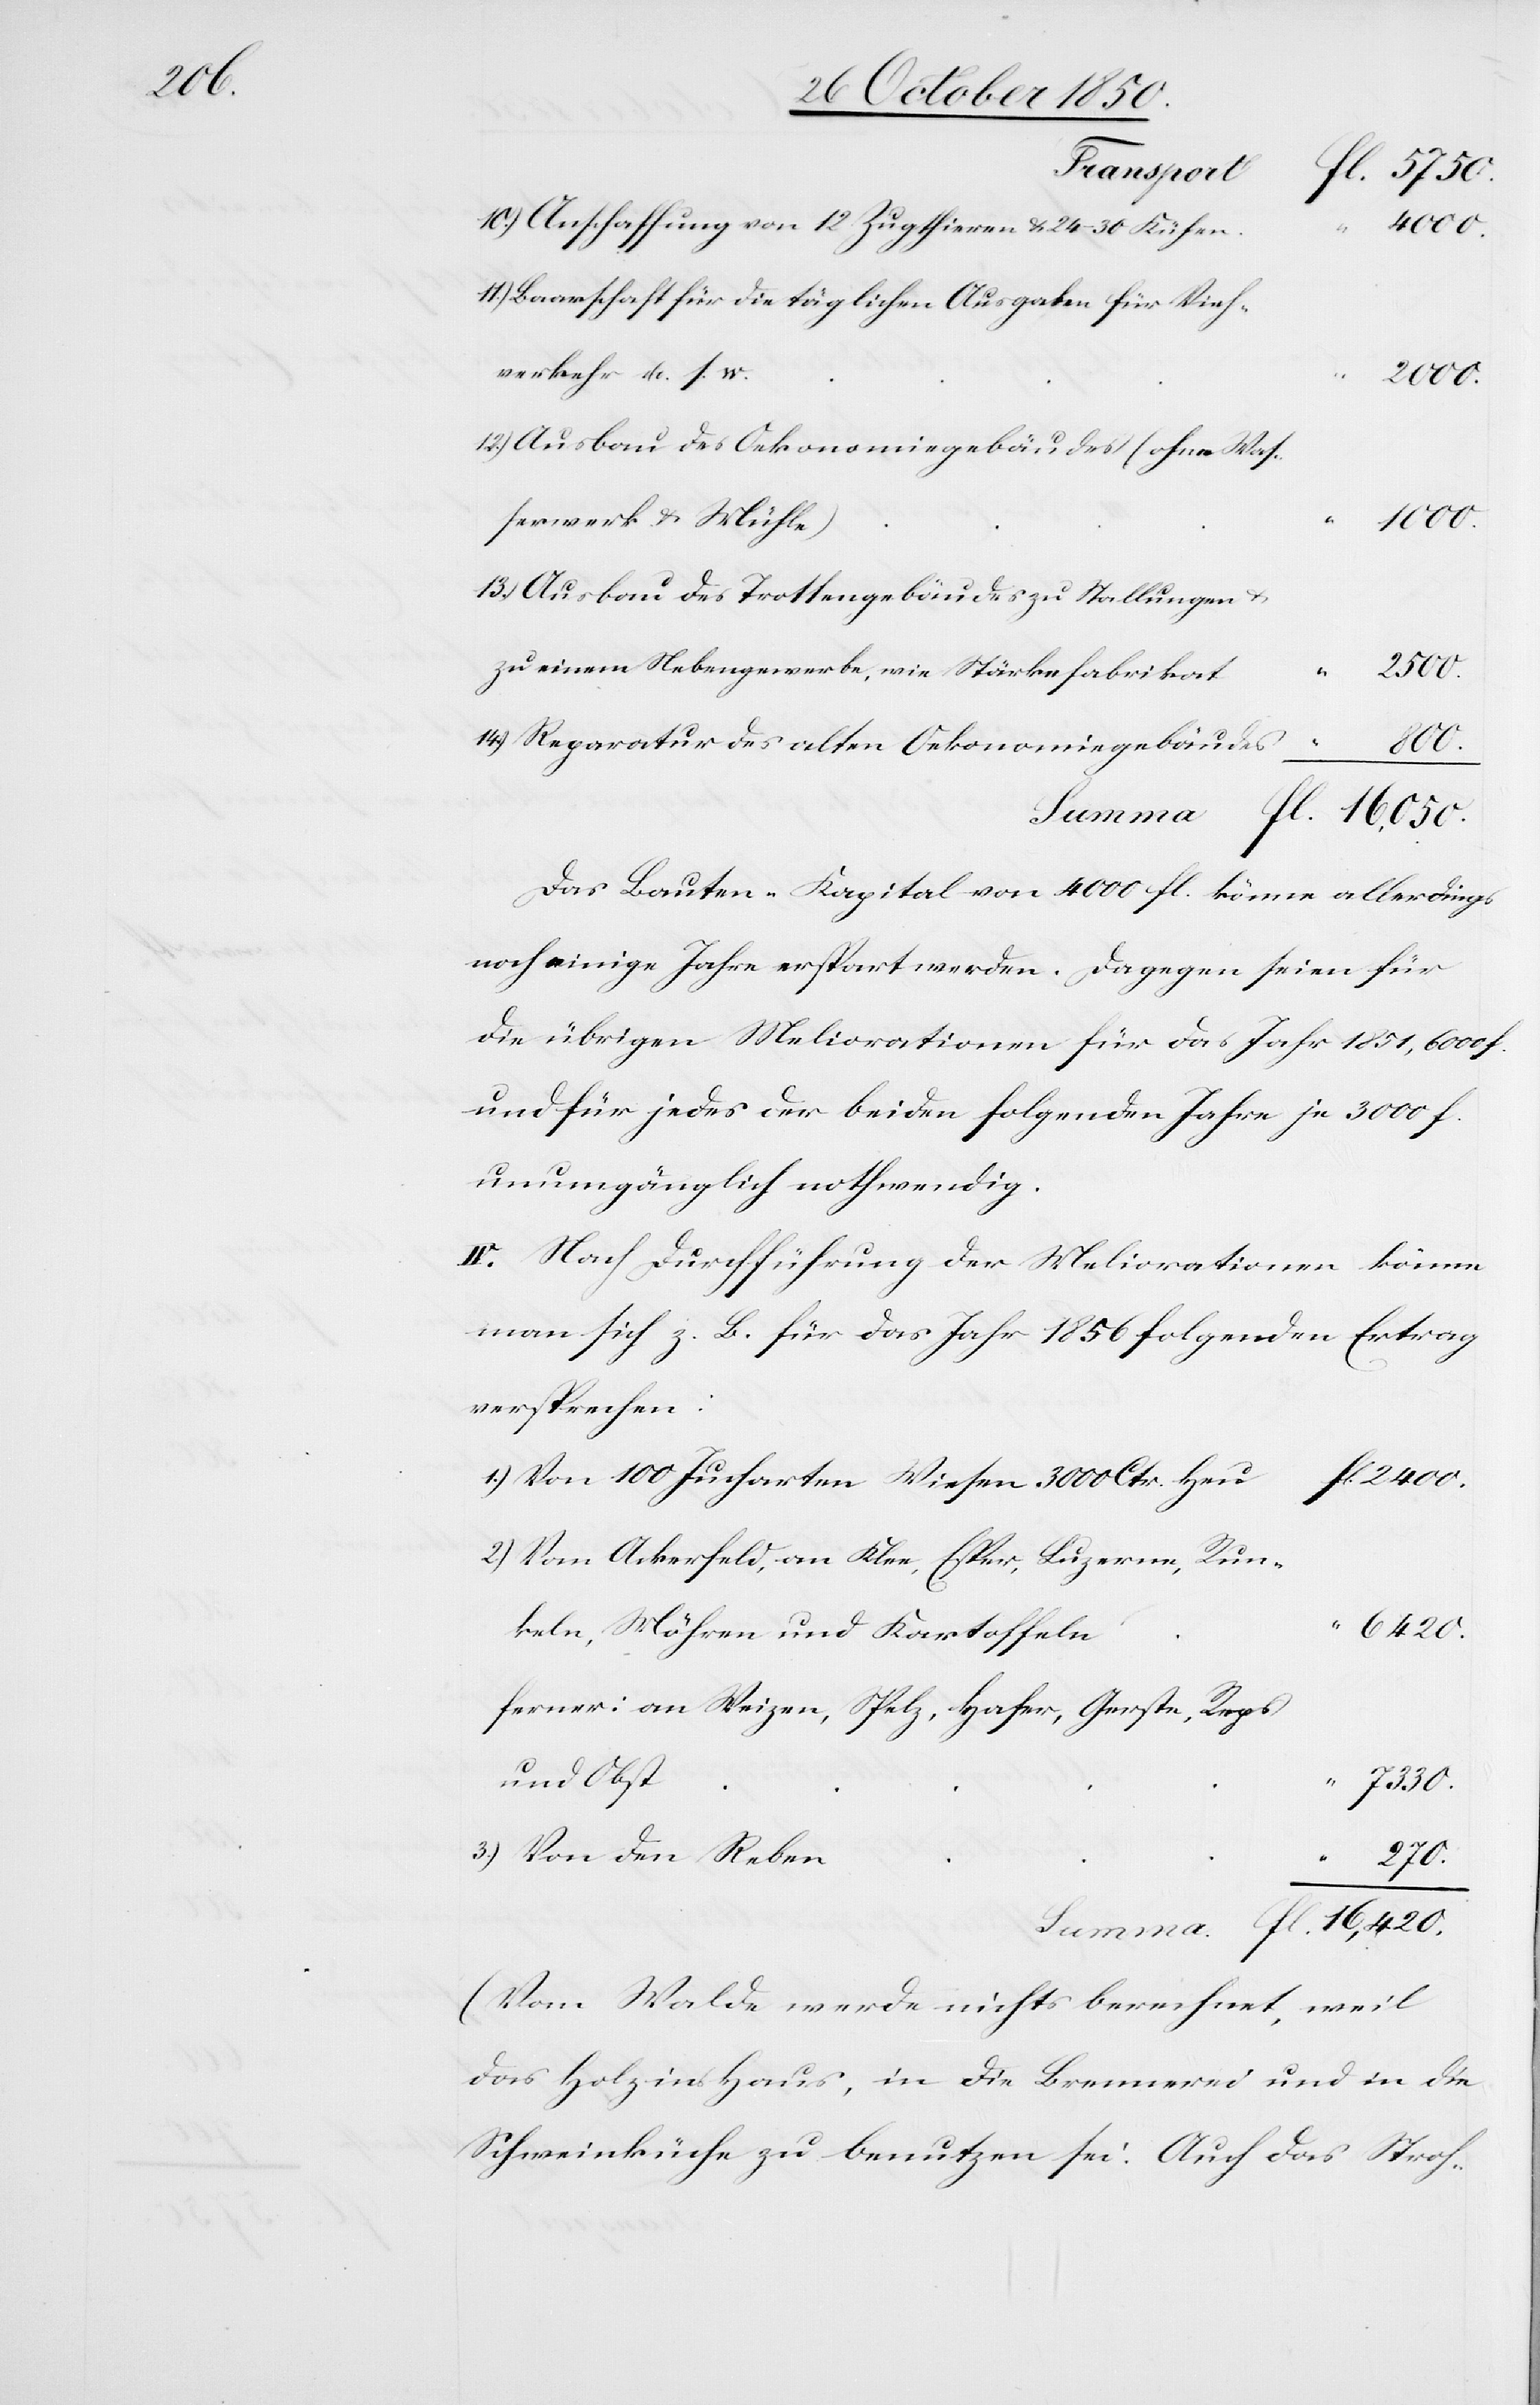
Anschaffung von 12 Zugthieren & 24–30 Kühen
1000.
13)
Baarschaft für die täglichen Ausgaben für Vieh¬
verkehr u. s. w.
“
Reben
Ausbau des Oekonomiegebäudes (ohne Was¬
serwerk & Mühle)
Ausbau des Trottengebäudes zu Stallungen u.
zu einem Nebengewerbe, wie Stärkefabrikat
Reparatur des alten Oekonomiegebäudes
fl.
Das Bauten-Kapital von 4000 fl. könne allerdings
noch einige Jahre erspart werden. Dagegen seien für
die übrigen Meliorationen für das Jahr 1851, 6000 f.
und für jedes der beiden folgenden Jahre je 3000 f.
unumgänglich nothwendig.
IV. Nach Durchführung der Meliorationen könne
man sich z. B. für das Jahr 1856 folgenden Ertrag
versprechen:
Von den
Von 100 Jucharten Wiesen 3000 Ctr. Heu
Vom Ackerfeld, an Klee, Esper, Luzerne, Run¬
16,420.
keln, Möhren und Kartoffeln
ferner: an Weizen, Spelz, Hafer, Gerste, Repes
und Obst
7330.
270.
(Vom Walde werde nichts berechnet, weil
das Holz ins Haus, in die Brennerei und in die
Schweinküche zu benutzen sei. Auch das Stroh-